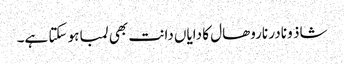
شاذ و نادر ناروھال کا دایاں دانت بھی لمبا ہو سکتا ہے۔